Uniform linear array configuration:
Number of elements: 64
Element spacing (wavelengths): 0.25
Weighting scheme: binomial
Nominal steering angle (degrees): -60
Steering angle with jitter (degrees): -61.272
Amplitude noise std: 0.05
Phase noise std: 0.05

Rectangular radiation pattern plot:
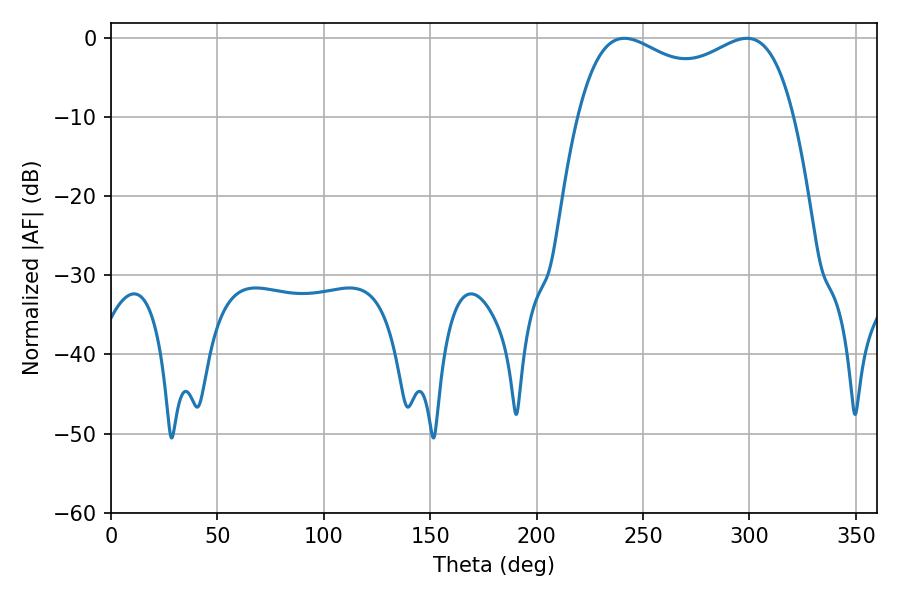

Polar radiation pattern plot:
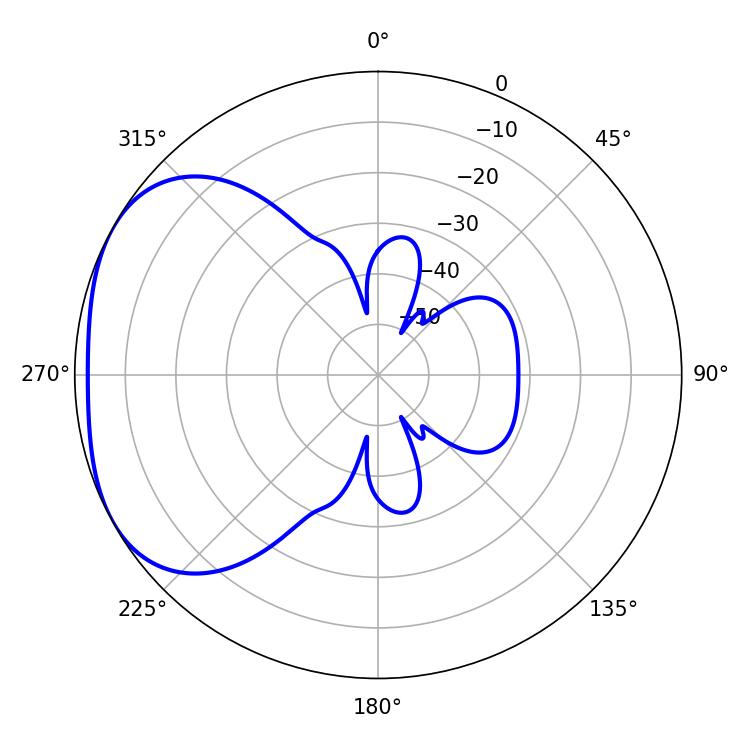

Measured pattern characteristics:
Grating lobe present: FALSE
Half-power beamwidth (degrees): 83.88
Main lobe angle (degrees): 241.2